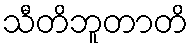
သီတိဘူတာတိ